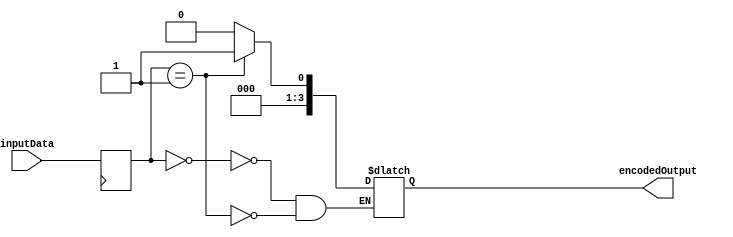
module Encoder (
    input [7:0] inputData,
    output reg [3:0] encodedOutput
);

// Data processing block
reg [7:0] processedData;
always @ (posedge clk) begin
    processedData <= inputData;
end

// Mapping block
always @ (*) begin
    case(processedData)
        8'b00000000: encodedOutput <= 4'b0000;
        8'b00000001: encodedOutput <= 4'b0001;
        // Add more cases for other input values
    endcase
end

endmodule